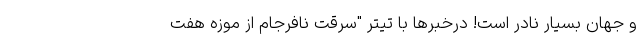
و جهان بسیار نادر است! درخبرها با تیترِ "سرقت نافرجام از موزه هفت